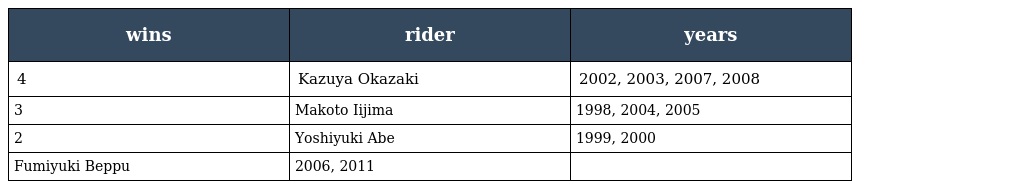
| wins | rider | years |
 | --- | --- | --- |
 | 4 | Kazuya Okazaki | 2002, 2003, 2007, 2008 |
 | 3 | Makoto Iijima | 1998, 2004, 2005 |
 | 2 | Yoshiyuki Abe | 1999, 2000 |
 | Fumiyuki Beppu | 2006, 2011 |  |